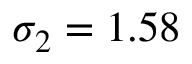
\sigma _ { 2 } = 1 . 5 8